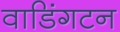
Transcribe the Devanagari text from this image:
वाडिंगटन